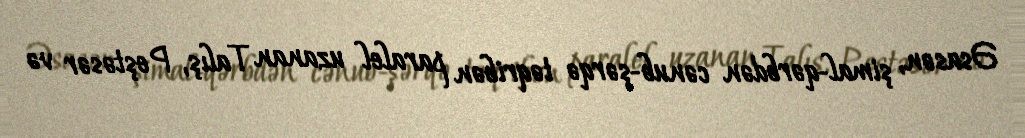
Əsasən, şimal-qərbdən cənub-şərqə təqribən paralel uzanan Talış, Peştəsər və